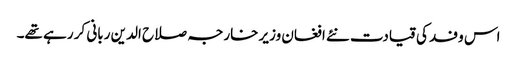
اس وفد کی قیادت نئے افغان وزیر خارجہ صلاح الدین ربانی کر رہے تھے۔